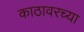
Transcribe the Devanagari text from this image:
काठावरच्या